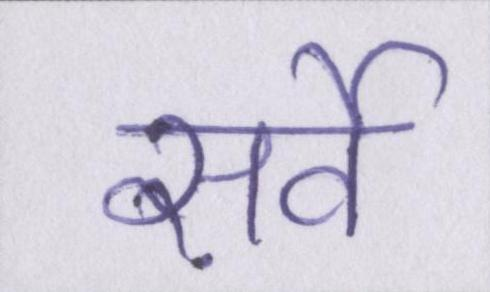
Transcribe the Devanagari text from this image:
सर्वे